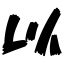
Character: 以